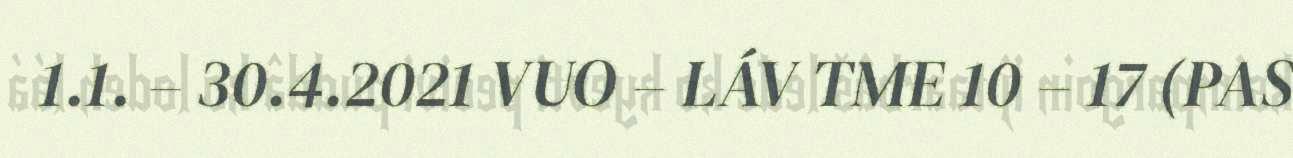
1.1. – 30.4.2021 VUO – LÁV TME 10 – 17 (PAS